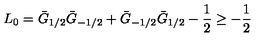
L _ { 0 } = \bar { G } _ { 1 / 2 } \bar { G } _ { - 1 / 2 } + \bar { G } _ { - 1 / 2 } \bar { G } _ { 1 / 2 } - \frac { 1 } { 2 } \geq - \frac { 1 } { 2 }